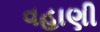
વહાણી